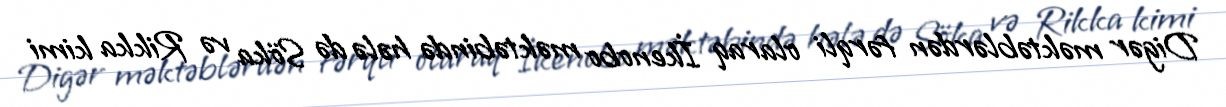
Digər məktəblərdən fərqli olaraq İkenobo məktəbində hələ də Söka və Rikka kimi